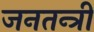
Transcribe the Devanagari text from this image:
जनतन्त्री